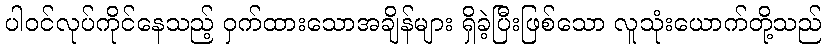
ပါဝင်လုပ်ကိုင်နေသည့် ဝှက်ထားသောအချိန်များ ရှိခဲ့ပြီးဖြစ်သော လူသုံးယောက်တို့သည်